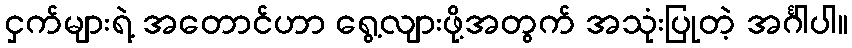
ငှက်များရဲ့ အတောင်ဟာ ရွေ့လျားဖို့အတွက် အသုံးပြုတဲ့ အင်္ဂါပါ။